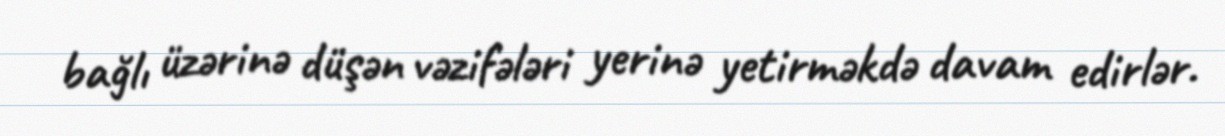
bağlı üzərinə düşən vəzifələri yerinə yetirməkdə davam edirlər.